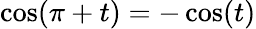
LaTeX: \cos(\pi+t)=-\cos(t)